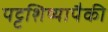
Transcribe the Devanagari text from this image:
पट्टशिष्यापैकी